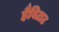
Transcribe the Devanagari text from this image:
हैबिटाट